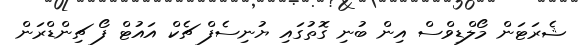
ޝެރަޓަން މޯލްޑިވްސް އިން ބުނި ގޮތުގައި ޔުނިސެފް ޗެކް އައުޓް ފޯ ޗިންޑްރަން